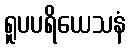
ရူပပရိယေသနံ